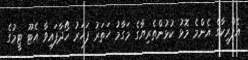
އެފްރިކާގެ އެންމެ މޮޅު ކުޅުންތެރިޔާގެ މަގާމު ހަތަރު ފަހަރު ހޯދާފައިވާ އެޓޫ ޓީމުގެ